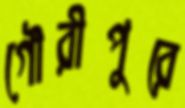
গৌরীপুরে